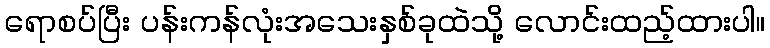
ရောစပ်ပြီး ပန်းကန်လုံးအသေးနှစ်ခုထဲသို့ လောင်းထည့်ထားပါ။